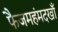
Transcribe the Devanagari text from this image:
फैजमहंमदखाँ